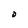
Character: D